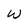
Character: w